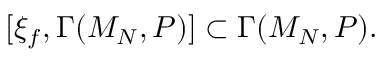
[ \xi _ { f } , \Gamma ( { \cal M } _ { N } , { \cal P } ) ] \subset \Gamma ( { \cal M } _ { N } , { \cal P } ) .